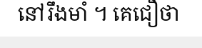
នៅរឹងមាំ ។ គេជឿថា